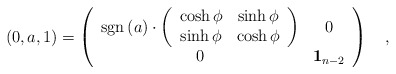
\begin{align*}\left( 0,a,1\right) =\left( \begin{array}{cc}{\rm sgn}\left( a\right) \cdot \left( \begin{array}{cc}\cosh \phi & \sinh \phi \\ \sinh \phi & \cosh \phi \end{array}\right) & 0 \\ 0 & {\bf 1}_{n-2} \end{array}\right) \quad ,\end{align*}